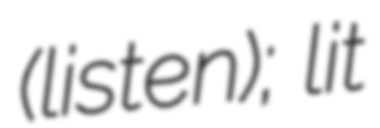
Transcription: (listen); lit